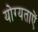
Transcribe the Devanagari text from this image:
योग्यताऐं